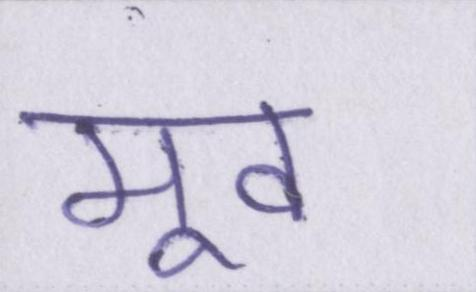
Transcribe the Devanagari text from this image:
मूव